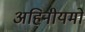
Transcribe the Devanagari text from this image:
अहिनीयमों